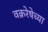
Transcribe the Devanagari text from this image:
वक्ररेषेच्या